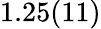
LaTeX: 1.25(11)